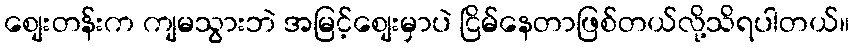
စျေးတန်းက ကျမသွားဘဲ အမြင့်စျေးမှာပဲ ငြိမ်နေတာဖြစ်တယ်လို့သိရပါတယ်။